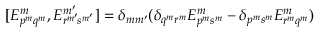
\begin{array} { r } { [ E _ { { p } ^ { m } { q } ^ { m } } ^ { m } , E _ { { r } ^ { m ^ { \smash { \prime } } } \! { s } ^ { m ^ { \smash { \prime } } } } ^ { m ^ { \prime } } ] = \delta _ { m m ^ { \prime } } ( \delta _ { q ^ { m } r ^ { m } } E _ { { p } ^ { m } { s } ^ { m } } ^ { m } - \delta _ { p ^ { m } s ^ { m } } E _ { { r } ^ { m } { q } ^ { m } } ^ { m } ) } \end{array}